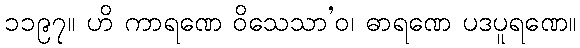
၁၁၉၇။ ဟိ ကာရဏေ ဝိသေသာ’ဝ၊ ဓာရဏေ ပဒပူရဏေ။